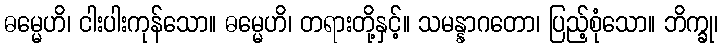
ဓမ္မေဟိ၊ ငါးပါးကုန်သော။ ဓမ္မေဟိ၊ တရားတို့နှင့်။ သမန္နာဂတော၊ ပြည့်စုံသော။ ဘိက္ခု၊